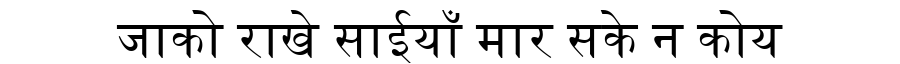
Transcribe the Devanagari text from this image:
जाको राखे साईयाँ मार सके न कोय